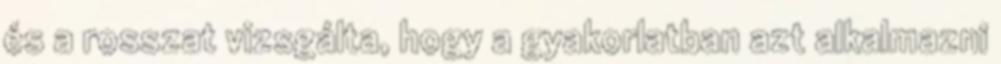
és a rosszat vizsgálta, hogy a gyakorlatban azt alkalmazni